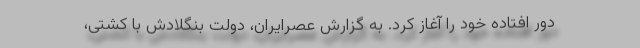
دور افتاده خود را آغاز کرد. به گزارش عصرایران، دولت بنگلادش با کشتی،